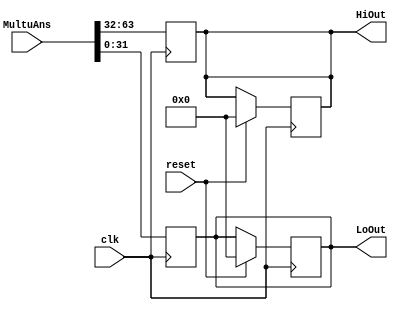
`timescale 1ns/1ns
module HiLo ( clk, MultuAns, HiOut, LoOut, reset );

input clk ;
input reset ;
input [63:0] MultuAns;
output [31:0] HiOut, LoOut;
reg [31:0] tempHi, tempLo;

always@ ( posedge clk )
begin
	if (reset == 1)
	begin
		tempLo = 32'b0;
		tempHi = 32'b0;
	end
end

always@ ( posedge clk )
begin
	tempLo = MultuAns[31:0];
	tempHi = MultuAns[63:32];
end

assign HiOut = tempHi;
assign LoOut = tempLo;

endmodule